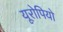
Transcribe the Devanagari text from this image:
यूरोपियो